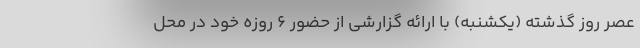
عصر روز گذشته (یکشنبه) با ارائه گزارشی از حضور ۶ روزه خود در محل